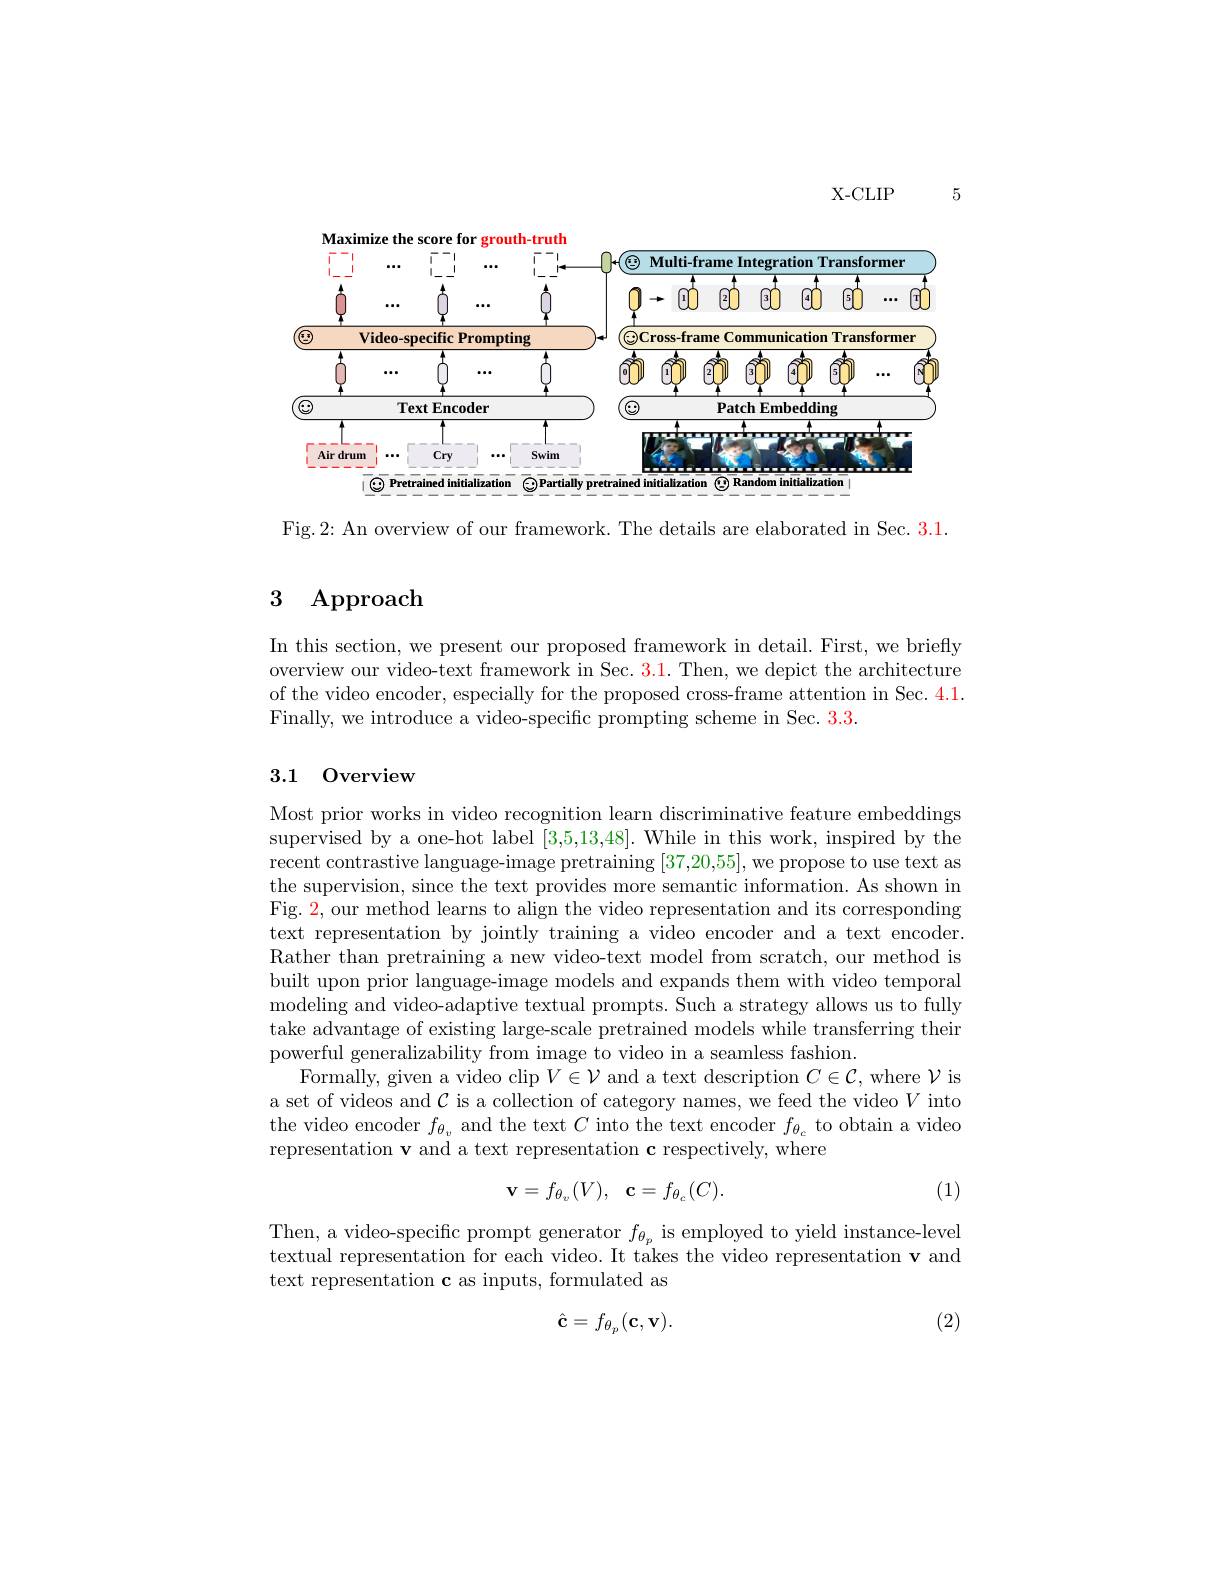
X- CLIP

Maximize the score for grouth-truth
<FigureHere>

Fig.2: An overview of our framework. The details are elaborated in Sec. 3.1.

5

# 3 Approach

In this section, we present our proposed framework in detail. First, we briefly overview our video-text framework in Sec. 3.1. Then, we depict the architecture of the video encoder, especially for the proposed cross-frame attention in Sec. 4.1. Finally, we introduce a video-specific prompting scheme in Sec. 3.3.

# 3.1 0verview

Most prior works in video recognition learn discriminative feature embeddings supervised by a one-hot label [3,5,13,48]. While in this work, inspired by the recent contrastive language-image pretraining [37,20,55], we propose to use text as the supervision, since the text provides more semantic information. As shown in Fig. $\color{red}2$, our method learns to align the video representation and its corresponding text representation by jointly training a video encoder and a text encoder. Rather than pretraining a new video-text model from scratch, our method is built upon prior language-image models and expands them with video temporal modeling and video-adaptive textual prompts. Such a strategy allows us to fully take advantage of existing large-scale pretrained models while transferring their powerful generalizability from image to video in a seamless fashion.
Formally, given a video clip $V\in\mathcal{V}$ and a text description $C\in\mathcal{C}$, where $\mathcal{V}$ is a set of videos and $\mathcal{C}$ is a collection of category names, we feed the video $V$ into the video encoder $f_{\theta_v}$ and the text $C$ into the text encoder $f_{\theta_c}$ to obtain a video representation $\textbf{v and a text representation c respectively, where}$
$$\mathbf{v}=f_{\theta_{v}}(V),\quad\mathbf{c}=f_{\theta_{c}}(C).$$
(1)

Then, a video-specific prompt generator $f_{\theta_p}$ is employed to yield instance-level textual representation for each video. It takes the video representation v and text representation c as inputs, formulated as

(2)
$$\hat{\mathbf{c}}=f_{\theta_{p}}(\mathbf{c},\mathbf{v}).$$